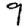
Digit: 9